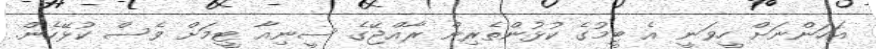
އަހަންނަށް ހީވަނީ އެ ޓީމުގެ ކުޅުންތެރިން ރާއްޖޭގެ ސީނިއާ ޓީމަށް ވެސް ކުޅޭހެން.